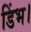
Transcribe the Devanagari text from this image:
डिंभ।